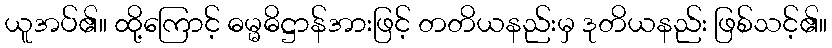
ယူအပ်၏။ ထို့ကြောင့် ဓမ္မဓိဋ္ဌာန်အားဖြင့် တတိယနည်းမှ ဒုတိယနည်း ဖြစ်သင့်၏။